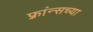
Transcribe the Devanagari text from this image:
फ़्रांन्सच्या